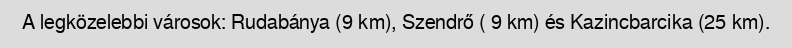
A legközelebbi városok: Rudabánya (9 km), Szendrő ( 9 km) és Kazincbarcika (25 km).